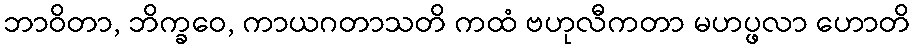
ဘာဝိတာ, ဘိက္ခဝေ, ကာယဂတာသတိ ကထံ ဗဟုလီကတာ မဟပ္ဖလာ ဟောတိ